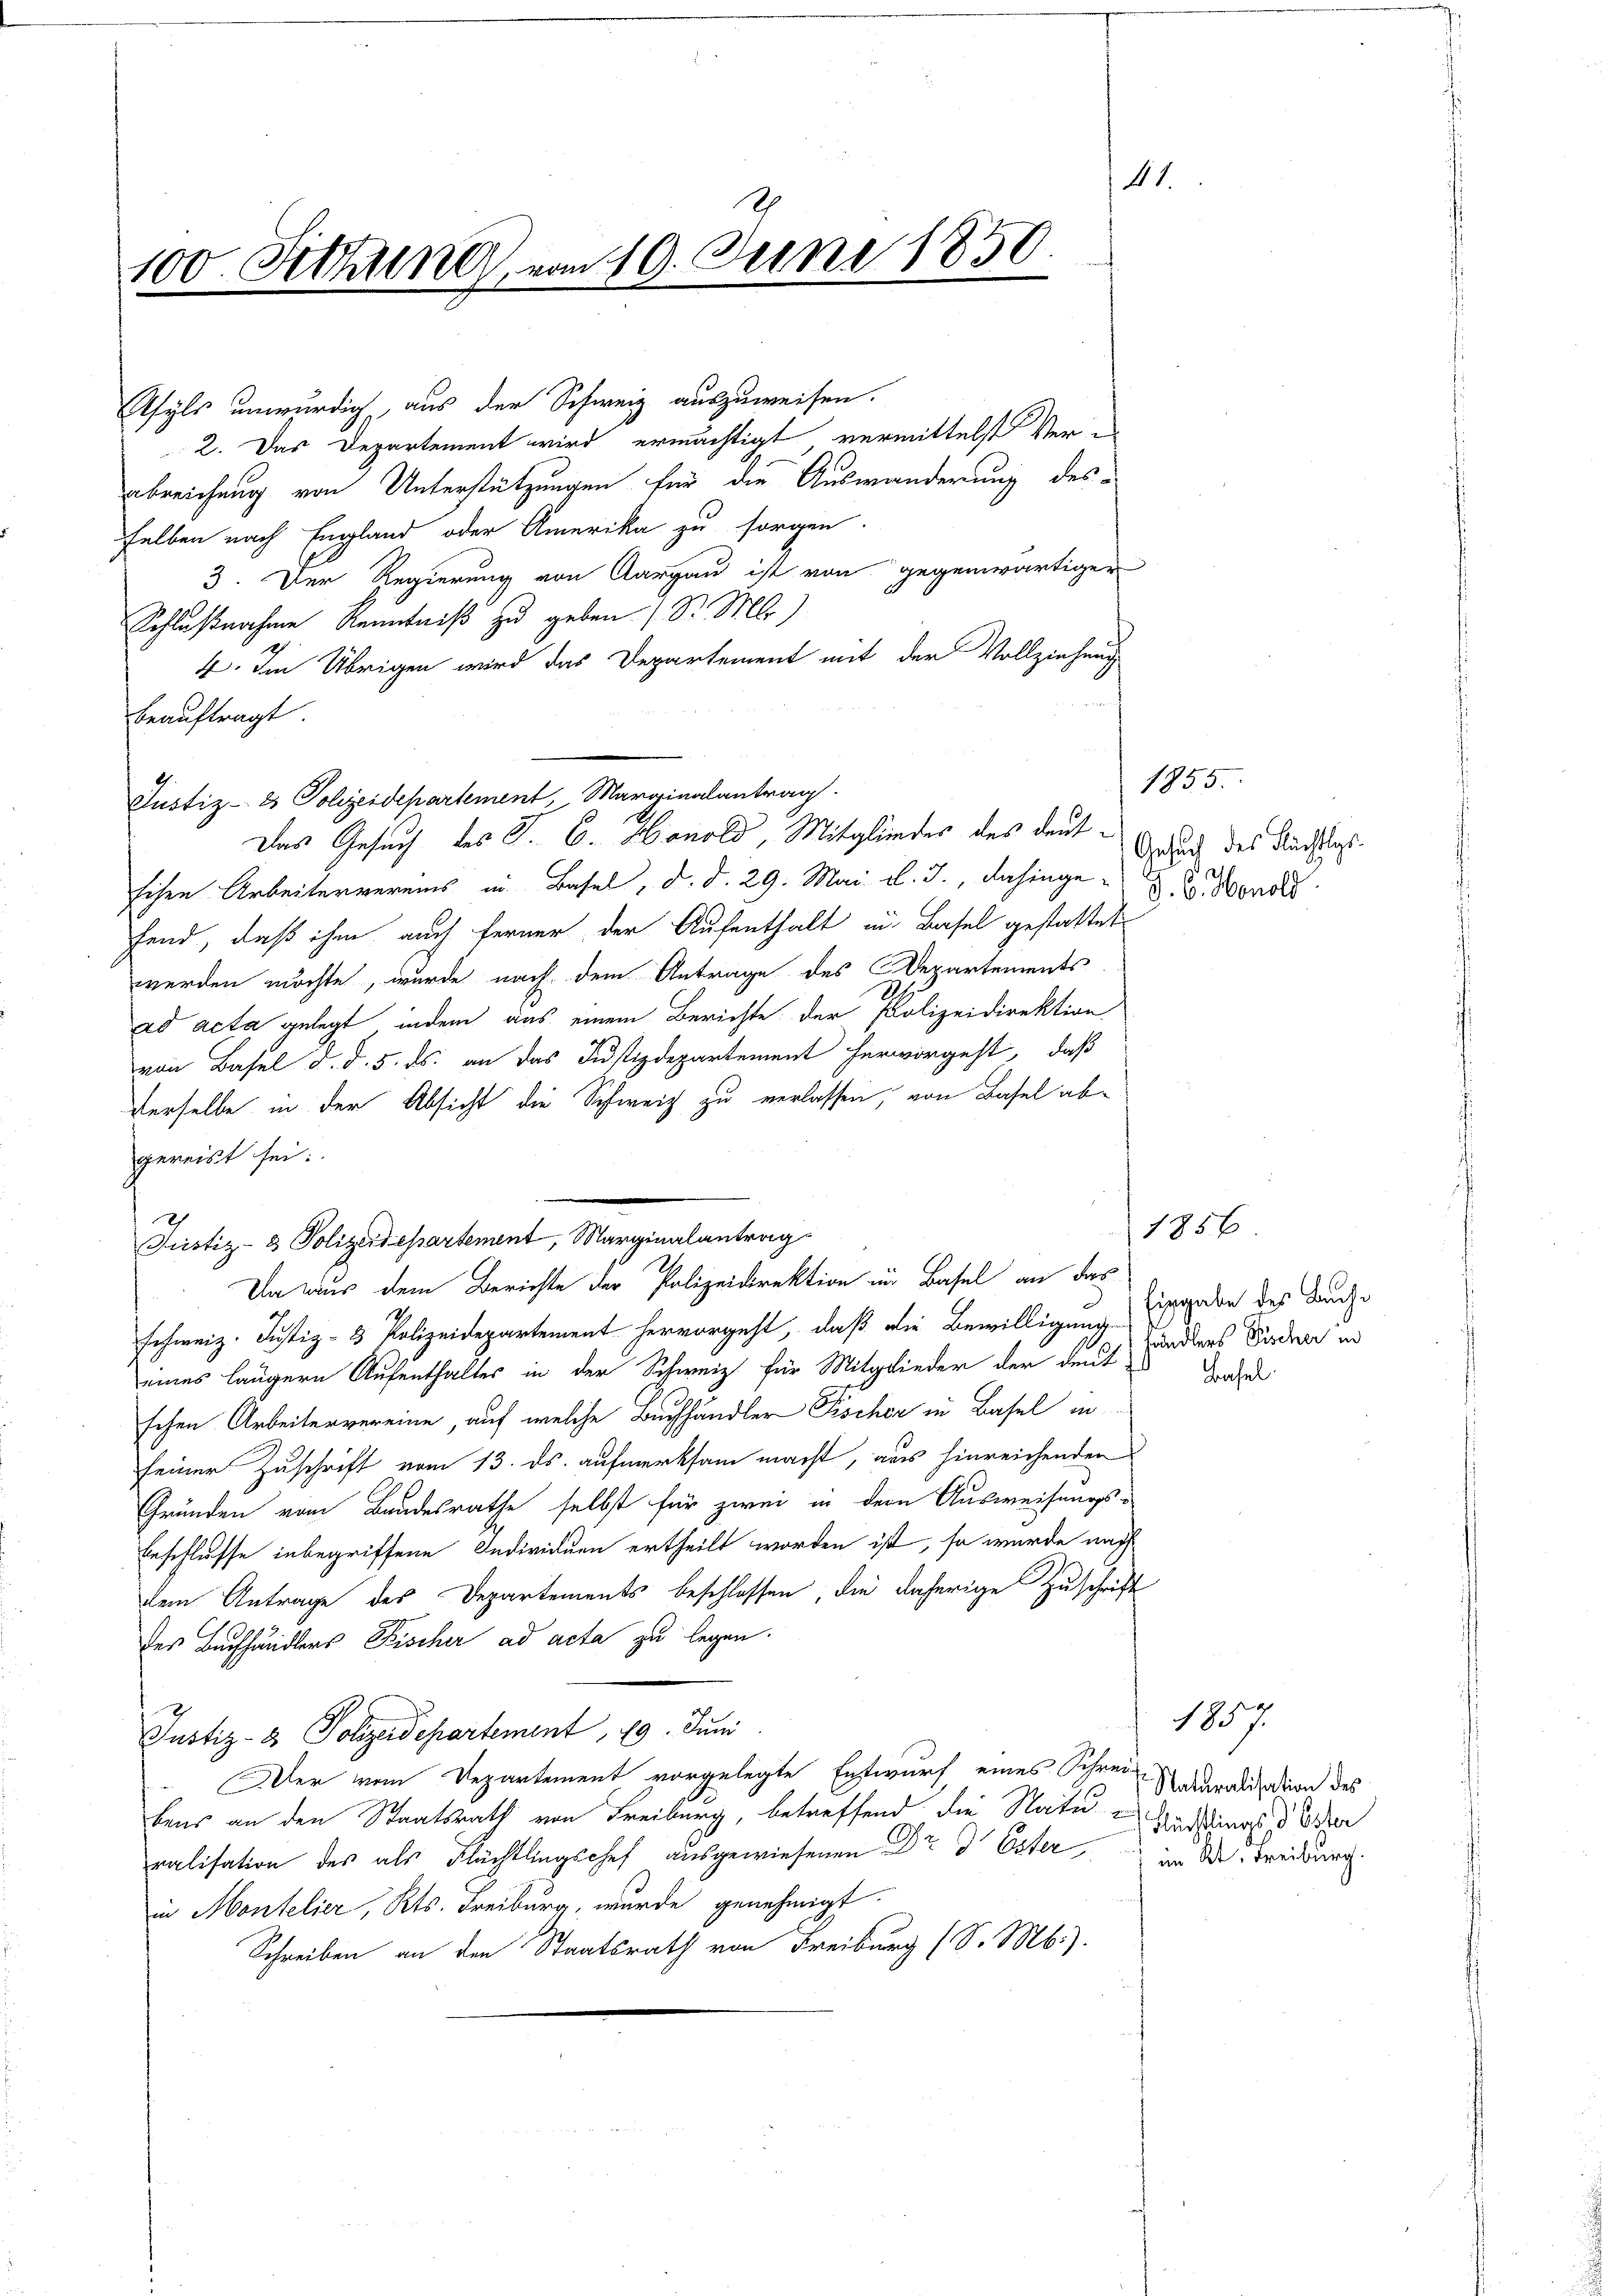
t

11.
100. Athun, vom 10. Juni 1850.

2. Das Departement wird ermächtigt, vermittelst Verabreichung von Unterstützungen für die Auswanderung desselben nach England oder Amerika zu sorgen.
3. Der Regierung von Aargau ist von gegenwärtiger
Schlußnahme Kenntniß zu geben (S. M.)
4. Im Übrigen wird das Departement mit der Vollziehung
beauftragt
Justiz- & Polizeidepartement, Marginalantrag
Das Gesuch des P. C. Honold, Mitgliedes des deutsichen Arbeitervereins in Basel, d. d. 29. Mai l. J., dahinge d. d. Monolo
fend, daß ihm auch ferner der Aufenthalt in Basel gestattet
werden möchte, wurde nach dem Antrage des Departements
ad acta gelegt, indem aus einem Berichte der Polizeidirektion
von Basel d. d. 5. ds. an das Justizdepartement hervorgeht, daß
derselbe in der Absicht die Schweiz zu verlassen, von Basel abgereist sei:
Justiz- & Polizeidepartement, Marginalantrag
Da aus dem Berichte der Polizeidirektion in Basel an das
schweiz. Justiz- & Polizeidepartement hervorgeht, daß die Bewilligung
eines längern Aufenthalter in der Schweiz für Mitglieder der deut handlers Forden
schen Arbeitervereine auf welche Buchhändler Fischer in Basel in
seiner Zuschrift vom 13. ds. aufmerksam macht, aus hinreichenden
Gründen vom Bandesrathe selbst für zwei in dem Ausweisungsu
Beschlusse inbegriffene Individuen ertheilt worden ist, so wurde nach
dem Antrage des Departements beschlossen, die daherige Zuschrift
des Buchhändlers Fischer ad acta zu legen.
Justiz- & Polizeidepartement, 19. Juni
Der vom Departement vorgelegte Entwurf eines Schrei auralisation des
bens an den Staatsrath von Freiburg, betreffend die Naturings d oder
ralisation des als Flüchtlingschef ausgewiesenen Dr. Dr Ester de treibung
in Montelier, Kts. Freiburg, wurde genehmigt.
Schreiben an den Staatsrath von Freiburg (S. Mb.).

Asyls unwürdig, aus der Schweiz auszuweisen.

1855.
Gesuch des Flüchtlags¬

1856
Eingabe des Bache

Basel

1857